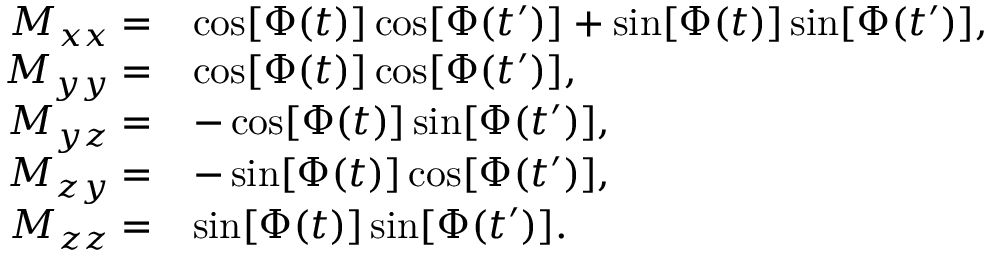
\begin{array} { r l } { M _ { x x } = } & { \cos [ \Phi ( t ) ] \cos [ \Phi ( t ^ { \prime } ) ] + \sin [ \Phi ( t ) ] \sin [ \Phi ( t ^ { \prime } ) ] , } \\ { M _ { y y } = } & { \cos [ \Phi ( t ) ] \cos [ \Phi ( t ^ { \prime } ) ] , } \\ { M _ { y z } = } & { - \cos [ \Phi ( t ) ] \sin [ \Phi ( t ^ { \prime } ) ] , } \\ { M _ { z y } = } & { - \sin [ \Phi ( t ) ] \cos [ \Phi ( t ^ { \prime } ) ] , } \\ { M _ { z z } = } & { \sin [ \Phi ( t ) ] \sin [ \Phi ( t ^ { \prime } ) ] . } \end{array}